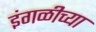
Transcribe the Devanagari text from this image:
इंगळीच्या